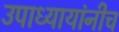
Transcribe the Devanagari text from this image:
उपाध्यायांनीच